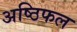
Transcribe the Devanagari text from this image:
अष्ठिफल